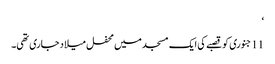
‘
11 جنوری کو قصبے کی ایک مسجد میں محفل میلاد جاری تھی۔